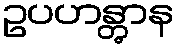
ဥပဟန္တွာန